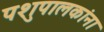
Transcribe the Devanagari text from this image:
पशुपालकांना